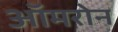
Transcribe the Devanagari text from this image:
ऑमरोन